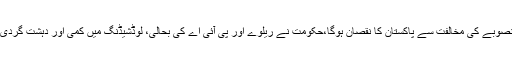
مسلم لیگی رہنما لیاقت خان نے مزید کہاکہ نیشنل ایکشن پلان اور اقتصادی راہداری منصوبے کی مخالفت سے پاکستان کا نقصان ہوگا،حکومت نے ریلوے اور پی آئی اے کی بحالی، لوڈشیڈنگ میں کمی اور دہشت گردی کے خاتمے کیلئے اہم اقدامات کئے ہیں، تنقید کرناآسان جبکہ کام کرنا مشکل ہوتاہے۔